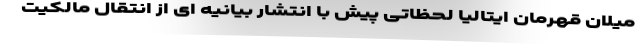
میلان قهرمان ایتالیا لحظاتی پیش با انتشار بیانیه ای از انتقال مالکیت